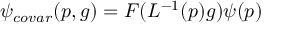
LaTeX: \psi _ { c o v a r } ( p , g ) = F ( L ^ { - 1 } ( p ) g ) \psi ( p )